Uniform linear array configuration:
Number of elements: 12
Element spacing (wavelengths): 1
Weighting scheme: hann
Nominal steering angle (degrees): -30
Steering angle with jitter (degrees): -31.566
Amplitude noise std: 0.05
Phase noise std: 0.05

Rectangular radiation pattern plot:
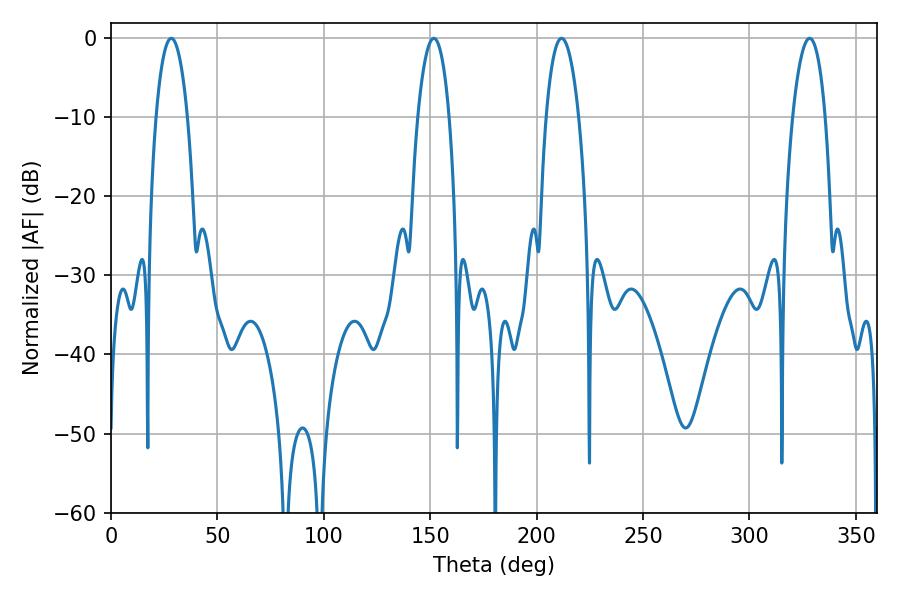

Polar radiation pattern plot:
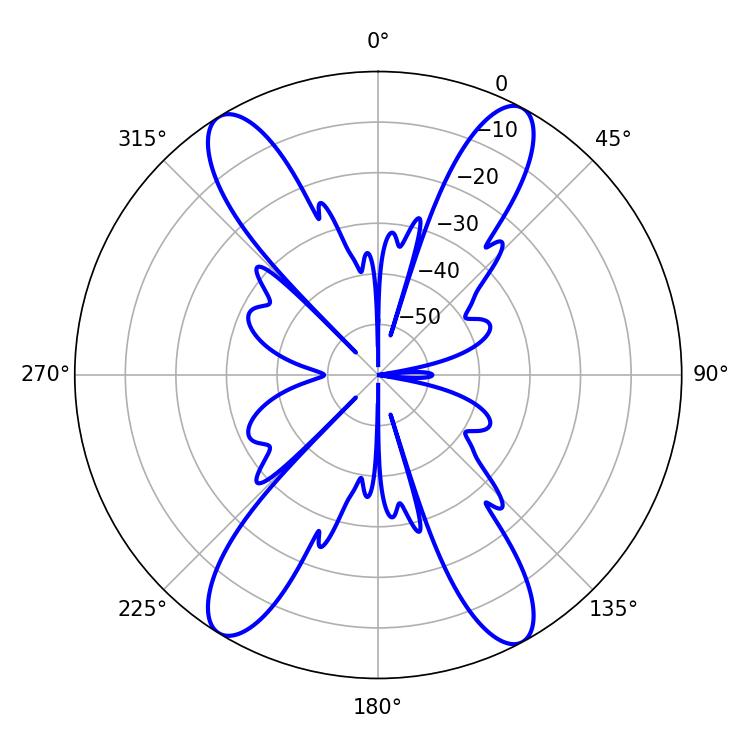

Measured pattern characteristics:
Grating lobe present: TRUE
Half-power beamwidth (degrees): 8.64
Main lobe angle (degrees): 211.68